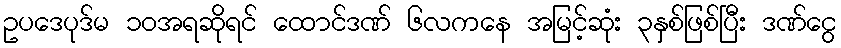
ဥပဒေပုဒ်မ ၁၀အရဆိုရင် ထောင်ဒဏ် ၆လကနေ အမြင့်ဆုံး ၃နှစ်ဖြစ်ပြီး ဒဏ်ငွေ